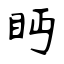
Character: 眄